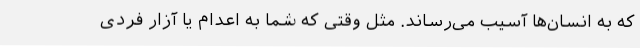
که به انسان‌ها آسیب می‌رساند. مثل وقتی که شما به اعدام یا آزار فردی